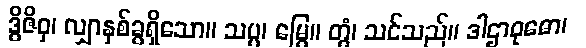
ဒွိဇိဝှ၊ လျှာနှစ်ခွရှိသော။ သပ္ပ၊ မြွေ။ တွံ၊ သင်သည်။ ဒါဌာဝုဓော၊